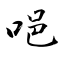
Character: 唈